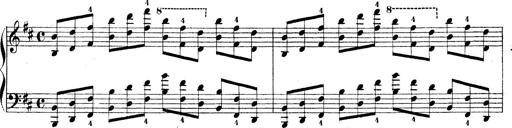
Title: Technische Studien
Composer: Franz Liszt